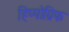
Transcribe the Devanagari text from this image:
हिप्पोग्रिफ